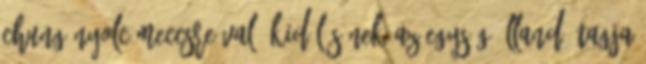
Chung nyolc meccsre való kidőlésének az egység állandó tagja